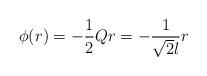
LaTeX: \begin{align*}\phi(r)=-\frac12 Qr =-\frac{1}{\sqrt{2}l} r\end{align*}